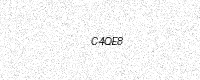
Text: C4QE8